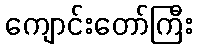
ကျောင်းတော်ကြီး